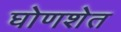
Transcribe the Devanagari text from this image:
घोणशेत